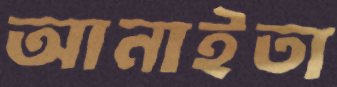
আনাইতা